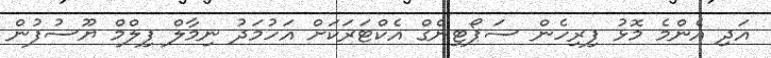
އަދި އެންމެ މޮޅު ފިރިހެން ސަޕޯޓިންގް އެކްޓަރަކަށް އަހުމަދު ނިމާލް ފިލްމް ޔޫސުފުން